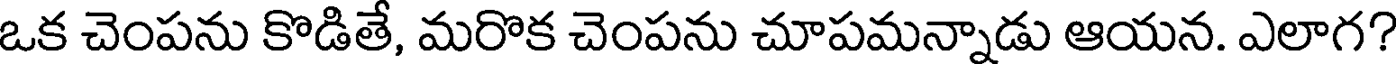
ఒక చెంపను కొడితే, మరొక చెంపను చూపమన్నాడు ఆయన. ఎలాగ?